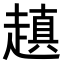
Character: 𧽍